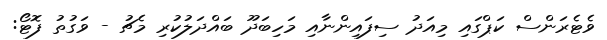
ވެޓެރަންސް ކަޕްގައި މިއަދު ސިފައިންނާއި މަހިބަދޫ ބައްދަލުކުރި މެޗު - ވަގުތު ފޮޓޯ: